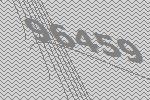
96459